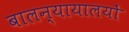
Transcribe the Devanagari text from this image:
बालन्यायालयों